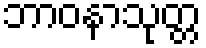
ဘာဝနာသုတ္တ